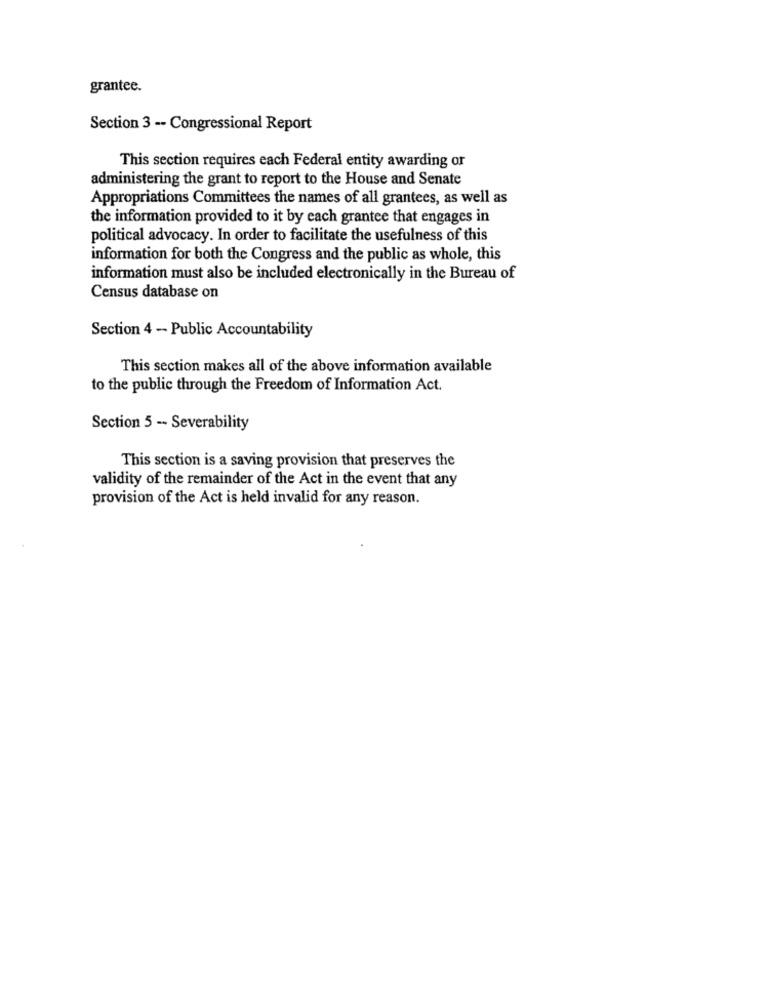
grantee.
Section 3 -- Congressional Report
This section requires each Federal entity awarding or
administering the grant to report to the House and Senate
Appropriations Committees the names of all grantees, as well as
the information provided to it by each grantee that engages in
political advocacy. In order to facilitate the usefulness of this
information for both the Congress and the public as whole, this
information must also be included electronically in the Bureau of
Census database on
Section 4 - Public Accountability
This section makes all of the above information available
to the public through the Freedom of Information Act.
Section 5 -- Severability
This section is a saving provision that preserves the
validity of the remainder of the Act in the event that any
provision of the Act is held invalid for any reason.